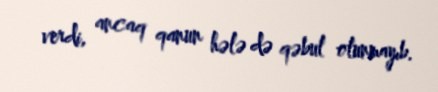
verdi, ancaq qanun hələ də qəbul olunmayıb.